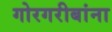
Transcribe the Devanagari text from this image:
गोरगरीबांना